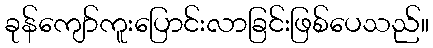
ခုန်ကျော်ကူးပြောင်းလာခြင်းဖြစ်ပေသည်။